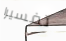
تفسيرا